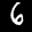
Label: 6